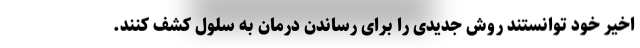
اخیر خود توانستند روش جدیدی را برای رساندن درمان به سلول کشف کنند.